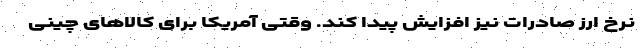
نرخ ارز صادرات نیز افزایش پیدا کند. وقتی آمریکا برای کالاهای چینی